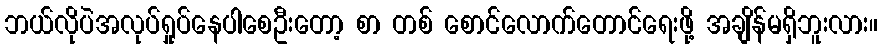
ဘယ်လိုပဲအလုပ်ရှုပ်နေပါစေဦးတော့ စာ တစ် စောင်လောက်တောင်ရေးဖို့ အချိန်မရှိဘူးလား။